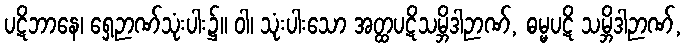
ပဋိဘာနေ၊ ရှေ့ဉာဏ်သုံးပါး၌။ ဝါ၊ သုံးပါးသော အတ္ထပဋိသမ္ဘိဒါဉာဏ်, ဓမ္မပဋိ သမ္ဘိဒါဉာဏ်,